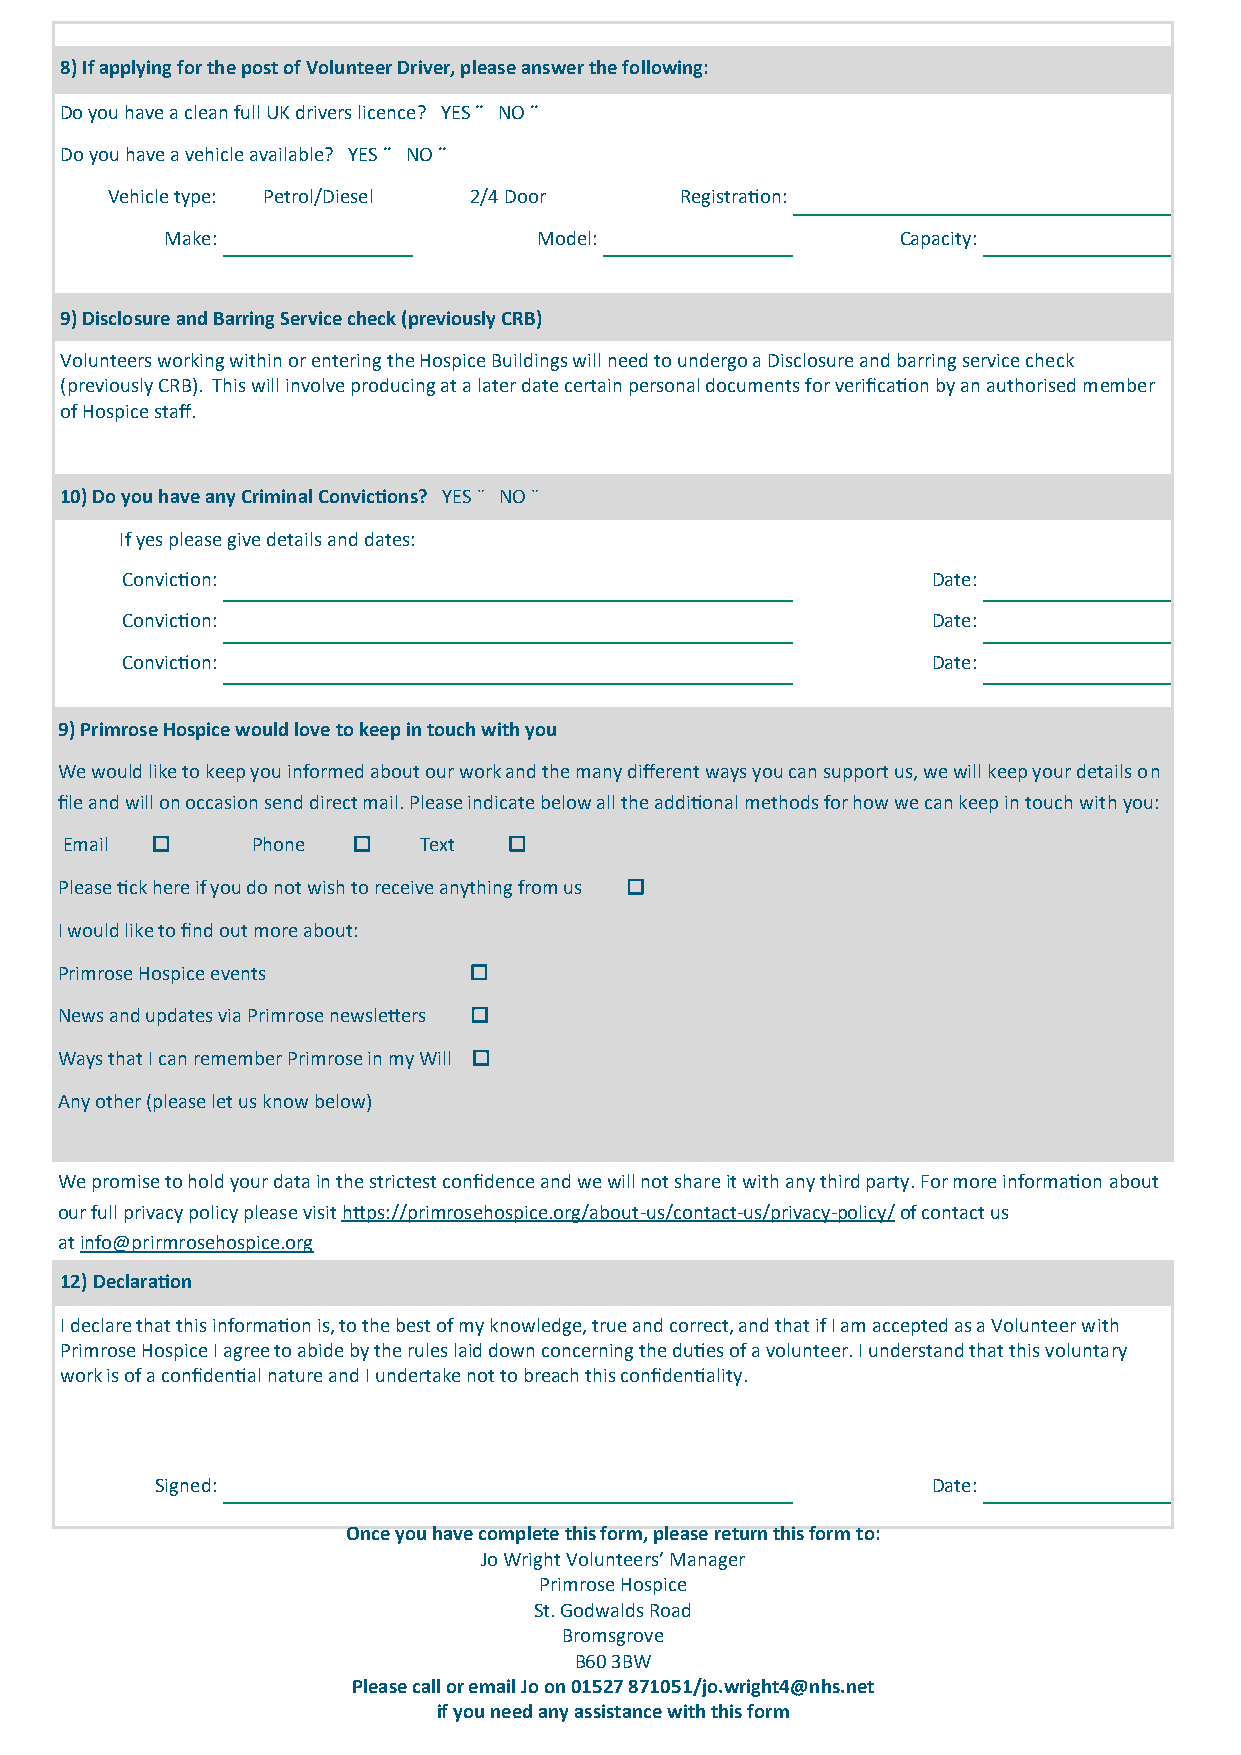
8) If applying for the post of Volunteer Driver, please answer the following:
 Do you have a clean full UK drivers licence? YES ¨ NO ¨
 Do you have a vehicle available? YES ¨ NO ¨
 Vehicle type: Petrol/Diesel 2/4 Door  Registration:
 Make:                    Model:                  Capacity:
 9) Disclosure and Barring Service check (previously CRB)
 Volunteers working within or entering the Hospice Buildings will need to undergo a Disclosure and barring service check
 (previously CRB). This will involve producing at a later date certain personal documents for verification by an authorised member
 of Hospice staff.
 10) Do you have any Criminal Convictions? YES ¨ NO ¨
 If yes please give details and dates:
 Conviction:                                           Date:
 Conviction:                                           Date:
 Conviction:                                           Date:
 9) Primrose Hospice would love to keep in touch with you
 We would like to keep you informed about our work and the many different ways you can support us, we will keep your details on
 file and will on occasion send direct mail. Please indicate below all the additional methods for how we can keep in touch with you:
 Email       Phone     Text  
 Please tick here if you do not wish to receive anything from us 
 I would like to find out more about:
 Primrose Hospice events    
 News and updates via Primrose newsletters 
 Ways that I can remember Primrose in my Will 
 Any other (please let us know below)
 We promise to hold your data in the strictest confidence and we will not share it with any third party. For more information about
 our full privacy policy please visit https://primrosehospice.org/about-us/contact-us/privacy-policy/ of contact us
 at info@prirmrosehospice.org
 12) Declaration
 I declare that this information is, to the best of my knowledge, true and correct, and that if I am accepted as a Volunteer with
 Primrose Hospice I agree to abide by the rules laid down concerning the duties of a volunteer. I understand that this voluntary
 work is of a confidential nature and I undertake not to breach this confidentiality.
 Signed:                                             Date:
 Once you have complete this form, please return this form to:
 Jo Wright Volunteers’ Manager
 Primrose Hospice
 St. Godwalds Road
 Bromsgrove
 B60 3BW
 Please call or email Jo on 01527 871051/jo.wright4@nhs.net
 if you need any assistance with this form